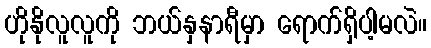
ဟိုနိုလူလူကို ဘယ်နှနာရီမှာ ရောက်ရှိပါ့မလဲ။